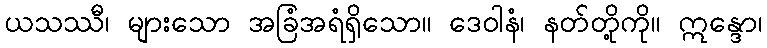
ယသဿီ၊ များသော အခြံအရံရှိသော။ ဒေဝါနံ၊ နတ်တို့ကို။ ဣန္ဒော၊